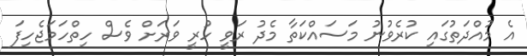
އެ މުއްދަތުގައި ކުރެވުނު މަސައްކަތާ މެދު ރަވީ ހުރީ ވަރަށް ވެސް ހިތްހަމަޖެހިފަ